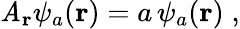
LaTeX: {\mathit{A}}_{\mathbf{r}}\psi_{a}({\mathbf{r}})=a\, \psi_{a}({\mathbf{r}})\; ,